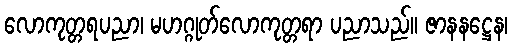
လောကုတ္တရပညာ၊ မဟဂ္ဂုတ်လောကုတ္တရာ ပညာသည်။ ဇာနနဋ္ဌေန၊